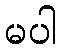
မပါ